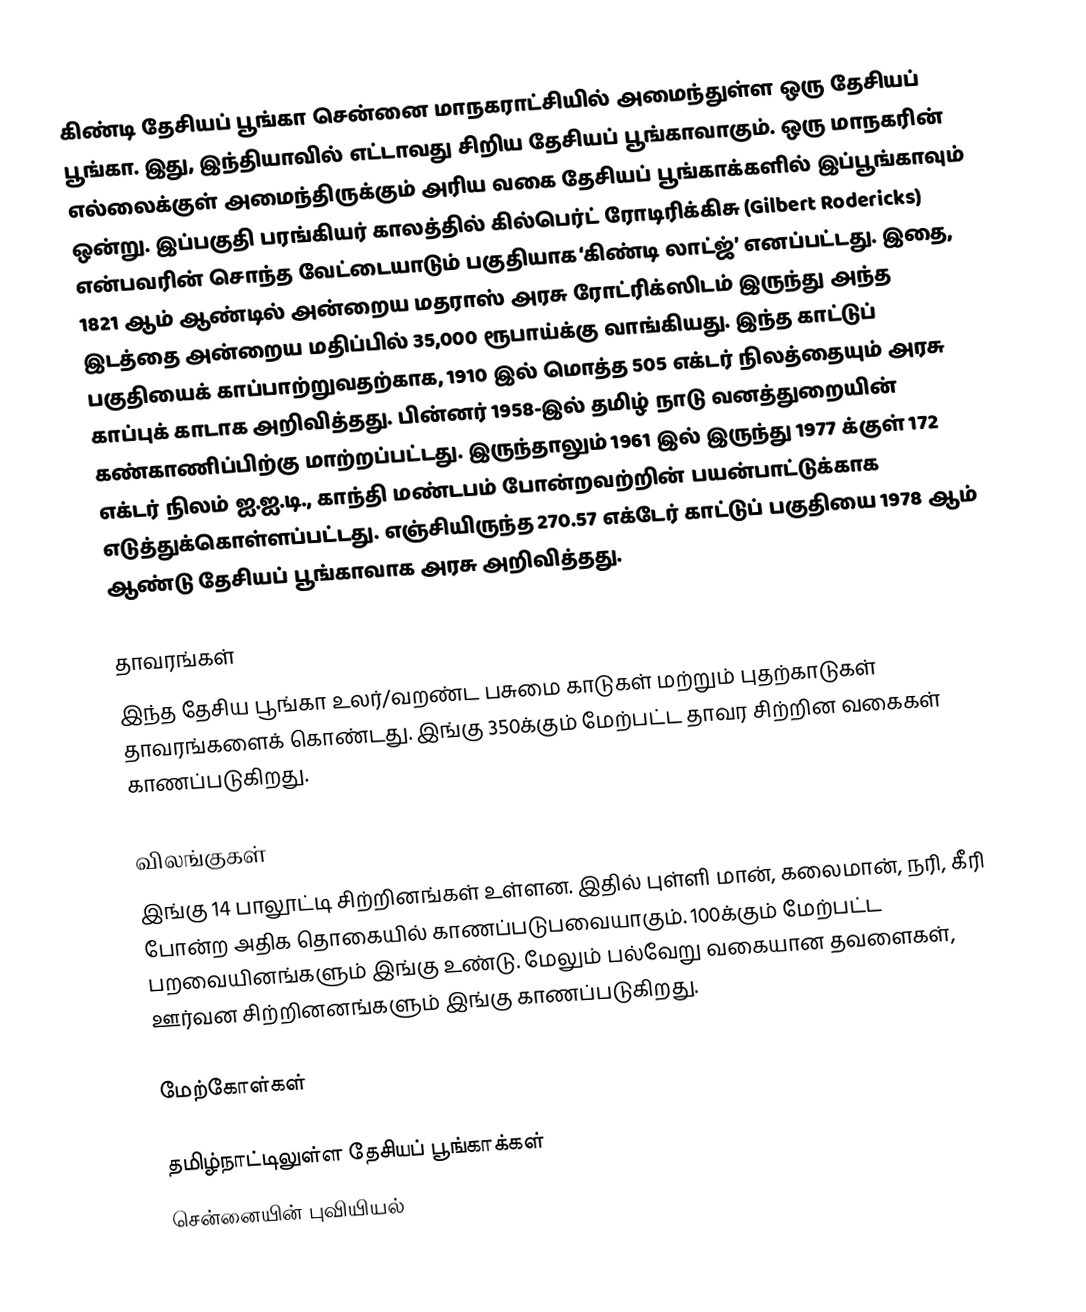
கிண்டி தேசியப் பூங்கா சென்னை மாநகராட்சியில் அமைந்துள்ள ஒரு தேசியப் பூங்கா. இது, இந்தியாவில் எட்டாவது சிறிய தேசியப் பூங்காவாகும். ஒரு மாநகரின் எல்லைக்குள் அமைந்திருக்கும் அரிய வகை தேசியப் பூங்காக்களில் இப்பூங்காவும் ஒன்று. இப்பகுதி பரங்கியர் காலத்தில் கில்பெர்ட் ரோடிரிக்கிசு (Gilbert Rodericks) என்பவரின் சொந்த வேட்டையாடும் பகுதியாக  ‘கிண்டி லாட்ஜ்’ எனப்பட்டது. இதை, 1821 ஆம் ஆண்டில் அன்றைய மதராஸ் அரசு ரோட்ரிக்ஸிடம் இருந்து அந்த இடத்தை அன்றைய மதிப்பில் 35,000 ரூபாய்க்கு வாங்கியது. இந்த காட்டுப் பகுதியைக் காப்பாற்றுவதற்காக, 1910 இல் மொத்த 505 எக்டர் நிலத்தையும் அரசு காப்புக் காடாக அறிவித்தது. பின்னர் 1958-இல் தமிழ் நாடு வனத்துறையின் கண்காணிப்பிற்கு மாற்றப்பட்டது. இருந்தாலும் 1961 இல் இருந்து 1977 க்குள் 172 எக்டர் நிலம் ஐ.ஐ.டி., காந்தி மண்டபம் போன்றவற்றின் பயன்பாட்டுக்காக எடுத்துக்கொள்ளப்பட்டது. எஞ்சியிருந்த 270.57 எக்டேர் காட்டுப் பகுதியை 1978 ஆம் ஆண்டு தேசியப் பூங்காவாக அரசு அறிவித்தது.

தாவரங்கள்
இந்த தேசிய பூங்கா உலர்/வறண்ட பசுமை காடுகள் மற்றும் புதற்காடுகள் தாவரங்களைக் கொண்டது. இங்கு 350க்கும் மேற்பட்ட தாவர சிற்றின வகைகள் காணப்படுகிறது.

விலங்குகள்
இங்கு 14 பாலூட்டி சிற்றினங்கள் உள்ளன. இதில் புள்ளி மான், கலைமான், நரி, கீரி போன்ற அதிக தொகையில் காணப்படுபவையாகும். 100க்கும் மேற்பட்ட பறவையினங்களும் இங்கு உண்டு. மேலும் பல்வேறு வகையான தவளைகள், ஊர்வன சிற்றினனங்களும் இங்கு காணப்படுகிறது.

மேற்கோள்கள்

தமிழ்நாட்டிலுள்ள தேசியப் பூங்காக்கள்
சென்னையின் புவியியல்